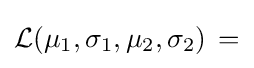
{\mathcal {L}}(\mu _{1},\sigma _{1},\mu _{2},\sigma _{2})\,=